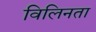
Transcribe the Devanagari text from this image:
विलिनता